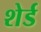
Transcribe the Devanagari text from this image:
शेर्ड